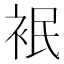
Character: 𮕸